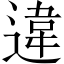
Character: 違